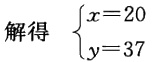
解得 $\begin{cases}x = 20\\y = 37\end{cases}$